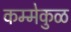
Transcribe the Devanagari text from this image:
कम्मेकुळ